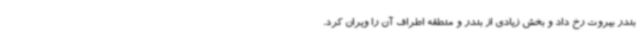
بندر بیروت رخ داد و بخش زیادی از بندر و منطقه اطراف آن را ویران کرد.